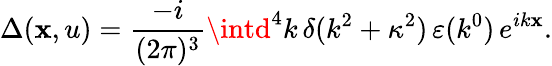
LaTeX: \Delta(\mathbf{x},u)=\frac{{-i}}{{(2\pi)^{3}}}\intd^{4}k\, \delta(k^{2}+\kappa^{2})\, \varepsilon(k^{0})\, e^{ik\mathbf{x}}.